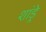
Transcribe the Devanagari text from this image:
शांड्रे